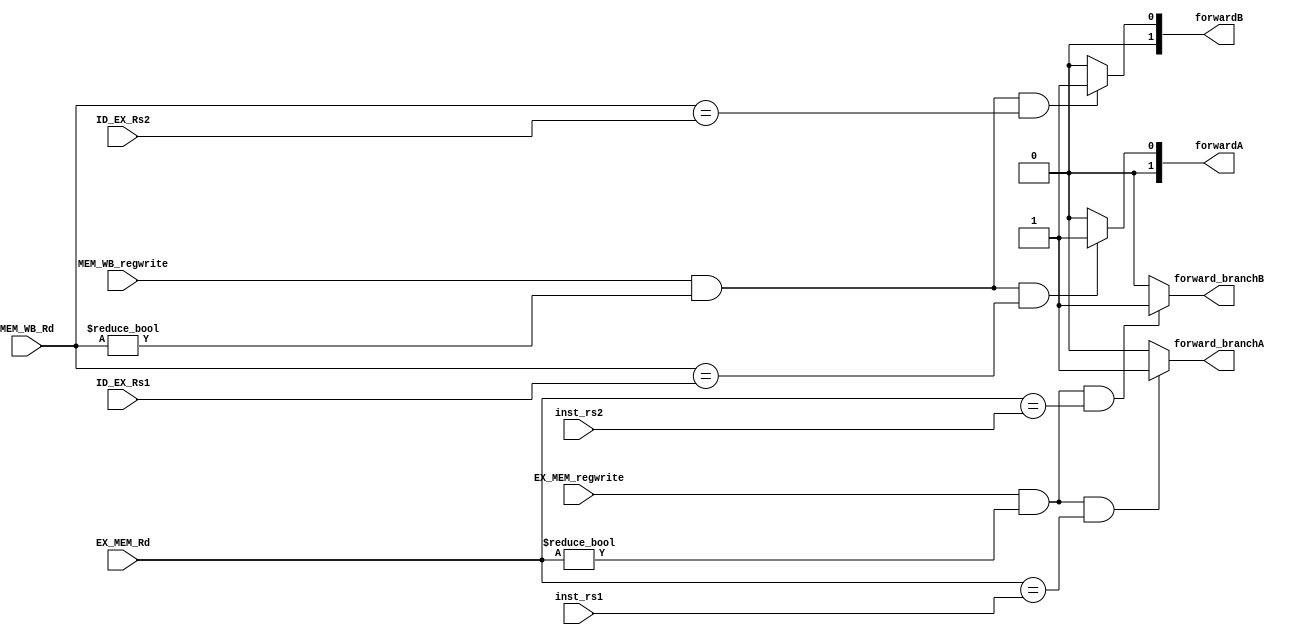
/*`ifndef FORWARDINGUNIT_V
`define FORWARDINGUNIT_V*/
/*******************************************************************
*
* Module: ForwardingUnit.v
* Project: Pipelined-RISC-V Processor
* Description: @inputs: ID_EX_Rs1, ID_EX_Rs2, EX_MEM_Rd, MEM_WB_Rd
                        EX_MEM_regwrite, MEM_WB_regwrite
               @outputs: forwardA, forwardB
               @importance: forward in case of data hazards
*
* Change history: No changes on the implementation done in the lab
*
**********************************************************************/
module ForwardingUnit(
    input [4:0] ID_EX_Rs1, ID_EX_Rs2, EX_MEM_Rd, MEM_WB_Rd, 
    input [4:0] inst_rs1, inst_rs2,
    input EX_MEM_regwrite, MEM_WB_regwrite,
    output reg forward_branchA, forward_branchB,
    output reg [1:0] forwardA, forwardB
);
        
    always @(*) begin
        forwardA = 2'b00;
        forwardB = 2'b00;
        if(MEM_WB_regwrite && (MEM_WB_Rd != 0) && (MEM_WB_Rd == ID_EX_Rs1)) // Removed  && !(EX_MEM_regwrite && (EX_MEM_Rd != 0) && (EX_MEM_Rd == ID_EX_Rs1))
            forwardA = 2'b01;
        if(MEM_WB_regwrite && (MEM_WB_Rd != 0) && (MEM_WB_Rd == ID_EX_Rs2)) // Removed  && !(EX_MEM_regwrite && (EX_MEM_Rd != 0) && (EX_MEM_Rd == ID_EX_Rs2))
            forwardB = 2'b01;

        forward_branchA = 1'b0;
        forward_branchB = 1'b0;
        if(EX_MEM_regwrite && (EX_MEM_Rd != 0) && (EX_MEM_Rd == inst_rs1))
            forward_branchA = 1'b1;
        if(EX_MEM_regwrite && (EX_MEM_Rd != 0) && (EX_MEM_Rd == inst_rs2))
            forward_branchB = 1'b1;
    end
           
endmodule
//`endif